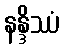
နန္ဒိဿံ